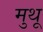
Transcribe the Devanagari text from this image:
मुथू